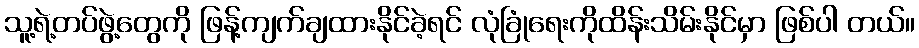
သူ့ရဲ့တပ်ဖွဲ့တွေကို ဖြန့်ကျက်ချထားနိုင်ခဲ့ရင် လုံခြုံရေးကိုထိန်းသိမ်းနိုင်မှာ ဖြစ်ပါ တယ်။